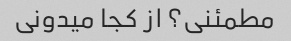
مطمئنی؟ از کجا میدونی